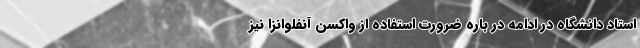
استاد دانشگاه در ادامه در باره ضرورت استفاده از واکسن آنفلوانزا نیز